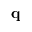
\mathbf { q }